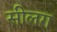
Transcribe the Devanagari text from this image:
सीलग